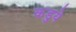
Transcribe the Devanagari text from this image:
कडुये